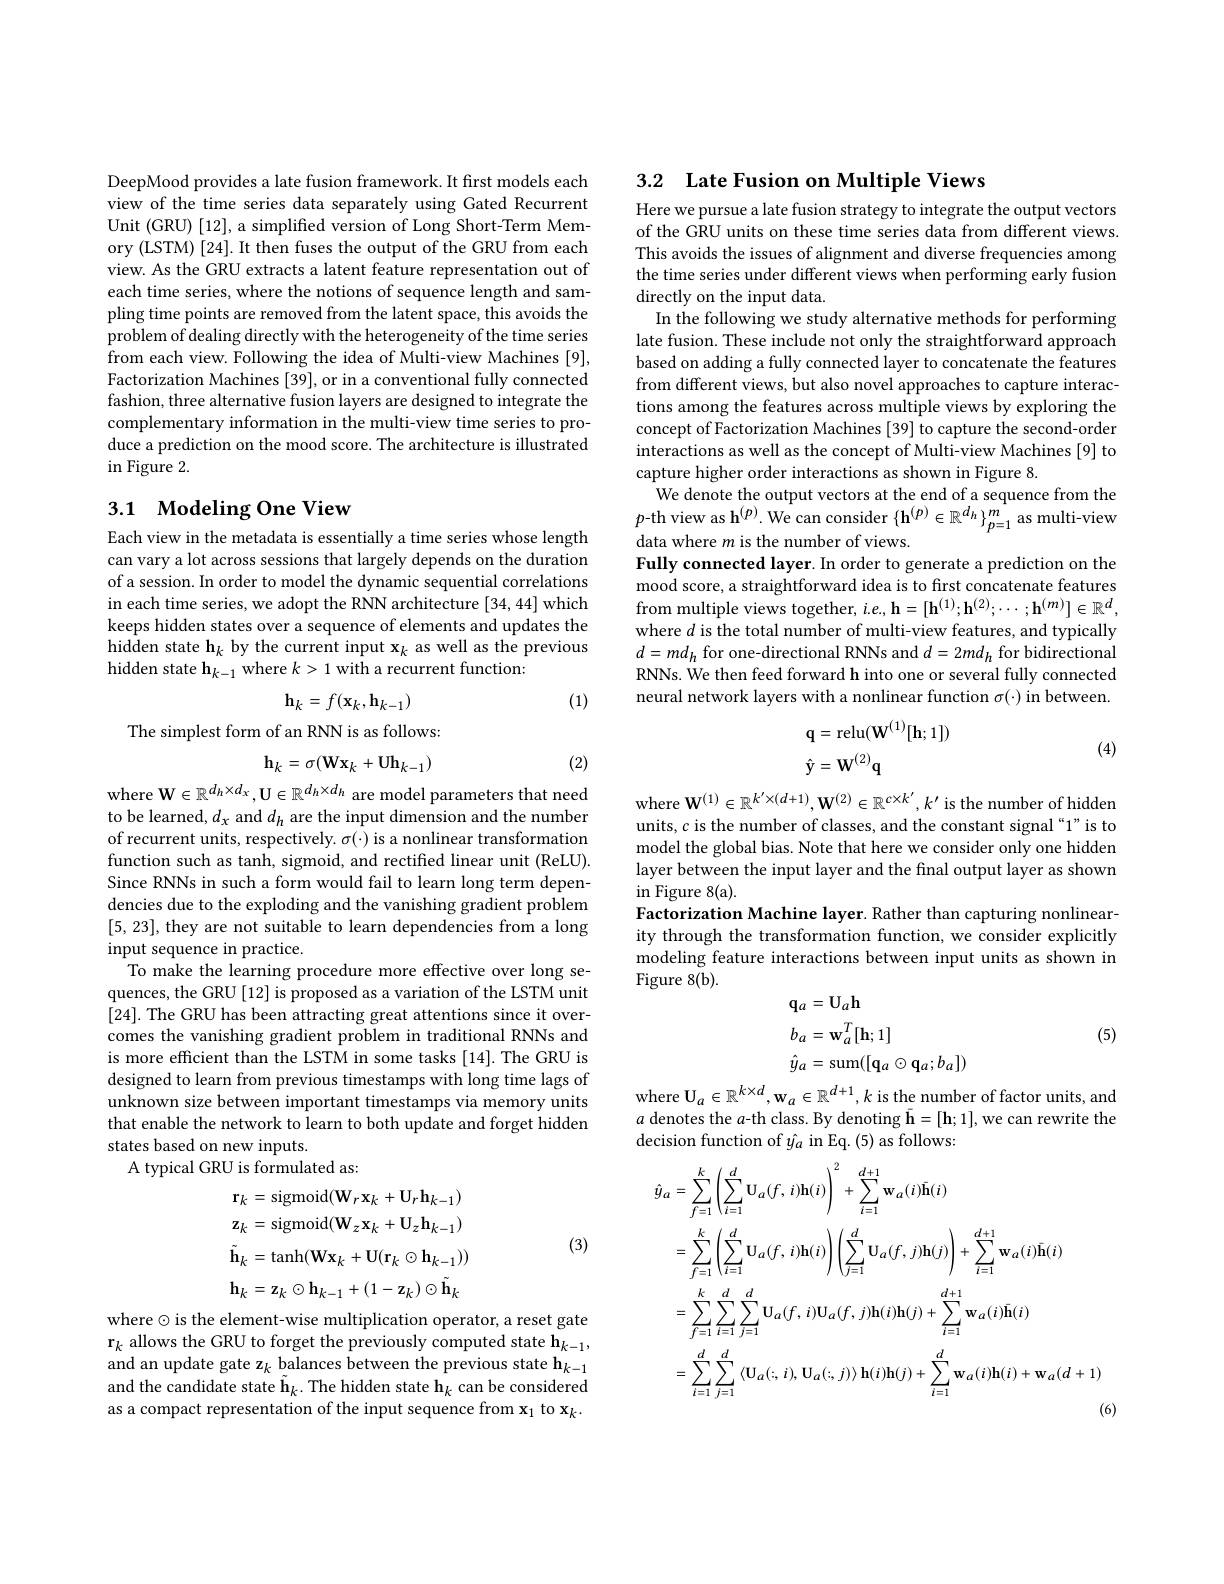
DeepMood provides a late fusion framework. It first models each view of the time series data separately using Gated Recurrent Unit (GRU)[12], a simplified version of Long Short-Term Memory (LSTM) [24]. It then fuses the output of the GRU from each view. As the GRU extracts a latent feature representation out of each time series, where the notions of sequence length and sampling time points are removed from the latent space, this avoids the problem of dealing directly with the heterogeneity of the time series from each view. Following the idea of Multi-view Machines [9], Factorization Machines [39], or in a conventional fully connected fashion, three alternative fusion layers are designed to integrate the complementary information in the multi-view time series to produce a prediction on the mood score. The architecture is illustrated $\operatorname{in}$Figure 2.

## 3.1 Modeling One View

Each view in the metadata is essentially a time series whose length can vary a lot across sessions that largely depends on the duration of a session. In order to model the dynamic sequential correlations in each time series, we adopt the RNN architecture [34, 44] which keeps hidden states over a sequence of elements and updates the hidden state h$_k$ by the current input x$_k$ as well as the previous hidden state $\mathbf{h}_{k-1}$ where $k>1$ with a recurrent function:

(1)
$$\mathbf h_k=f(\mathbf x_k,\mathbf h_{k-1})$$
The simplest form of an RNN is as follows:
$$\mathbf{h}_k=\sigma(\mathbf{W}\mathbf{x}_k+\mathbf{U}\mathbf{h}_{k-1})$$
where W$\in\mathbb{R}^{d_h\times d_x}$,U$\in\mathbb{R}^{d_h\times d_h}$ are model parameters that need

(2)

to be learned, $d_x$ and $d_h$ are the input dimension and the number of recurrent units, respectively. $\sigma(\cdot)$ is a nonlinear transformation function such as tanh, sigmoid, and rectified linear unit (ReLU). Since RNNs in such a form would fail to learn long term dependencies due to the exploding and the vanishing gradient problem [5,23], they are not suitable to learn dependencies from a long input sequence in practice.
To make the learning procedure more effective over long sequences, the GRU [12] is proposed as a variation of the LSTM unit [24]. The GRU has been attracting great attentions since it overcomes the vanishing gradient problem in traditional RNNs and is more efficient than the LSTM in some tasks [14]. The GRU is designed to learn from previous timestamps with long time lags of unknown size between important timestamps via memory units that enable the network to learn to both update and forget hidden states based on new inputs.
A typical GRU is formulated as:
$$\mathbf{r}_{k}=\mathrm{sigmoid}(\mathbf{W}_{r}\mathbf{x}_{k}+\mathbf{U}_{r}\mathbf{h}_{k-1})\\\mathbf{z}_{k}=\mathrm{sigmoid}(\mathbf{W}_{z}\mathbf{x}_{k}+\mathbf{U}_{z}\mathbf{h}_{k-1})\\\tilde{\mathbf{h}}_{k}=\mathrm{tanh}(\mathbf{W}\mathbf{x}_{k}+\mathbf{U}(\mathbf{r}_{k}\odot\mathbf{h}_{k-1}))\\\mathbf{h}_{k}=\mathbf{z}_{k}\odot\mathbf{h}_{k-1}+(1-\mathbf{z}_{k})\odot\tilde{\mathbf{h}}_{k}$$
(3)

where $\odot$ is the element-wise multiplication operator, a reset gate $\mathbf{r}_k$ allows the GRU to forget the previously computed state h$_k-1$, and an update gate z$_k$ balances between the previous state h$_k-1$ and the candidate state $\tilde{\mathbf{h}}_k.$ The hidden state h$_k$ can be considered as a compact representation of the input sequence from $\mathbf{x}_1$ to $\mathbf{x}_k.$

3.2 Late Fusion on Multiple Views

Here we pursue a late fusion strategy to integrate the output vectors of the GRU units on these time series data from different views. This avoids the issues of alignment and diverse frequencies among the time series under different views when performing early fusion directly on the input data.
In the following we study alternative methods for performing late fusion. These include not only the straightforward approach based on adding a fully connected layer to concatenate the features from different views, but also novel approaches to capture interactions among the features across multiple views by exploring the concept of Factorization Machines [39] to capture the second-order interactions as well as the concept of Multi-view Machines [9] to capture higher order interactions as shown in Figure 8
We denote the output vectors at the end of a sequence from the $p$-th view as h$^(p).$ We can consider $\{\mathbf{h}^{(p)}\in\mathbb{R}^{d_h}\}_{p=1}^m$ as multi-view data where $m$ is the number of views.
Fully connected layer. In order to generate a prediction on the mood score, a straightforward idea is to first concatenate features from multiple views together, $i.e.,\mathbf{h}=[\mathbf{h}^{(1)};\mathbf{h}^{(2)};\cdots;\mathbf{h}^{(m)}]\in\mathbb{R}^d$, where $d$ is the total number of multi-view features, and typically $d=md_{h}$ for one-directional RNNs and $d=2md_{h}$ for bidirectional RNNs. We then feed forward h into one or several fully connected neural network layers with a nonlinear function $\sigma(\cdot)$ in between.
$$\begin{aligned}&\mathbf{q}=\mathrm{relu}(\mathbf{W}^{(1)}[\mathbf{h};1])\\&\mathbf{\hat{y}}=\mathbf{W}^{(2)}\mathbf{q}\end{aligned}$$
(4)

where $\mathbf{W}^{(1)}\in\mathbb{R}^{k^{\prime}\times(d+1)},\mathbf{W}^{(2)}\in\mathbb{R}^{c\times k^{\prime}},k^{\prime}$ is the number of hidden units, $c$ is the number of classes, and the constant signal “1”is to model the global bias. Note that here we consider only one hidden layer between the input layer and the final output layer as shown in Figure 8(a).
Factorization Machine layer. Rather than capturing nonlinearity through the transformation function, we consider explicitly modeling feature interactions between input units as shown in Figure 8(b).
$$\begin{aligned}&\mathbf{q}_{a}=\mathbf{U}_{a}\mathbf{h}\\&b_{a}=\mathbf{w}_{a}^{T}[\mathbf{h};1]\\&\hat{y}_{a}=\mathrm{sum}([\mathbf{q}_{a}\odot\mathbf{q}_{a};b_{a}])\end{aligned}$$
(5)

where $\mathbf{U}_a\in\mathbb{R}^{k\times d},\mathbf{w}_a\in\mathbb{R}^{d+1},k$ is the number of factor units, and $a$ denotes the $a$-th class. By denoting $\bar{\mathbf{h}}=[\mathbf{h};1]$,we can rewrite the decision function of $\hat{y}_a$ in Eq.(5) as follows:
$$\begin{aligned}\hat{y}_{a}&=\sum_{f=1}^{k}\left(\sum_{i=1}^{d}\mathbf{U}_{a}(f,\:i)\mathbf{h}(i)\right)^{2}+\sum_{i=1}^{d+1}\mathbf{w}_{a}(i)\bar{\mathbf{h}}(i)\\&=\sum_{f=1}^{k}\left(\sum_{i=1}^{d}\mathbf{U}_{a}(f,\:i)\mathbf{h}(i)\right)\left(\sum_{j=1}^{d}\mathbf{U}_{a}(f,\:j)\mathbf{h}(j)\right)+\sum_{i=1}^{d+1}\mathbf{w}_{a}(i)\bar{\mathbf{h}}(i)\\&=\sum_{f=1}^{k}\sum_{i=1}^{d}\sum_{j=1}^{d}\mathbf{U}_{a}(f,\:i)\mathbf{U}_{a}(f,\:j)\mathbf{h}(i)\mathbf{h}(j)+\sum_{i=1}^{d+1}\mathbf{w}_{a}(i)\mathbf{h}(i)\\&=\sum_{i=1}^{d}\sum_{j=1}^{d}\left\langle\mathbf{U}_{a}(:,i),\mathbf{U}_{a}(:,j)\right\rangle\mathbf{h}(i)\mathbf{h}(j)+\sum_{i=1}^{d}\mathbf{w}_{a}(i)\mathbf{h}(i)+\mathbf{w}_{a}(d+1)\end{aligned}$$